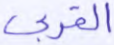
القربى